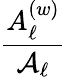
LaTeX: \frac{A_{\ell}^{(w)}}{\mathcal{A}_{\ell}}